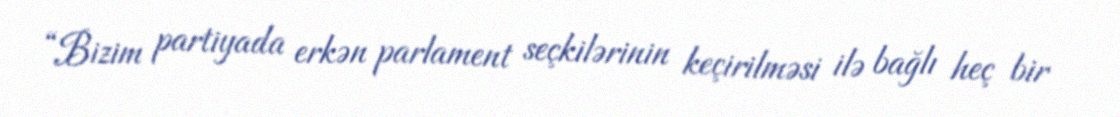
“Bizim partiyada erkən parlament seçkilərinin keçirilməsi ilə bağlı heç bir